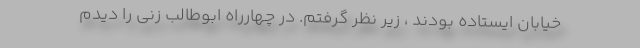
خیابان ایستاده بودند ، زیر نظر گرفتم. در چهارراه ابوطالب زنی را دیدم